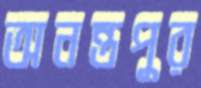
অনন্তপুর